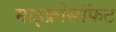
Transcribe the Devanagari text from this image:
माइक्रोसॉफट